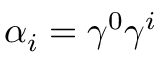
\alpha _ { i } = \gamma ^ { 0 } \gamma ^ { i }